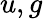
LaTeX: u,g